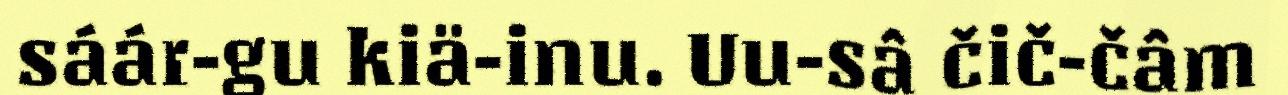
sáár-gu kiä-inu. Uu-sâ čič-čâm